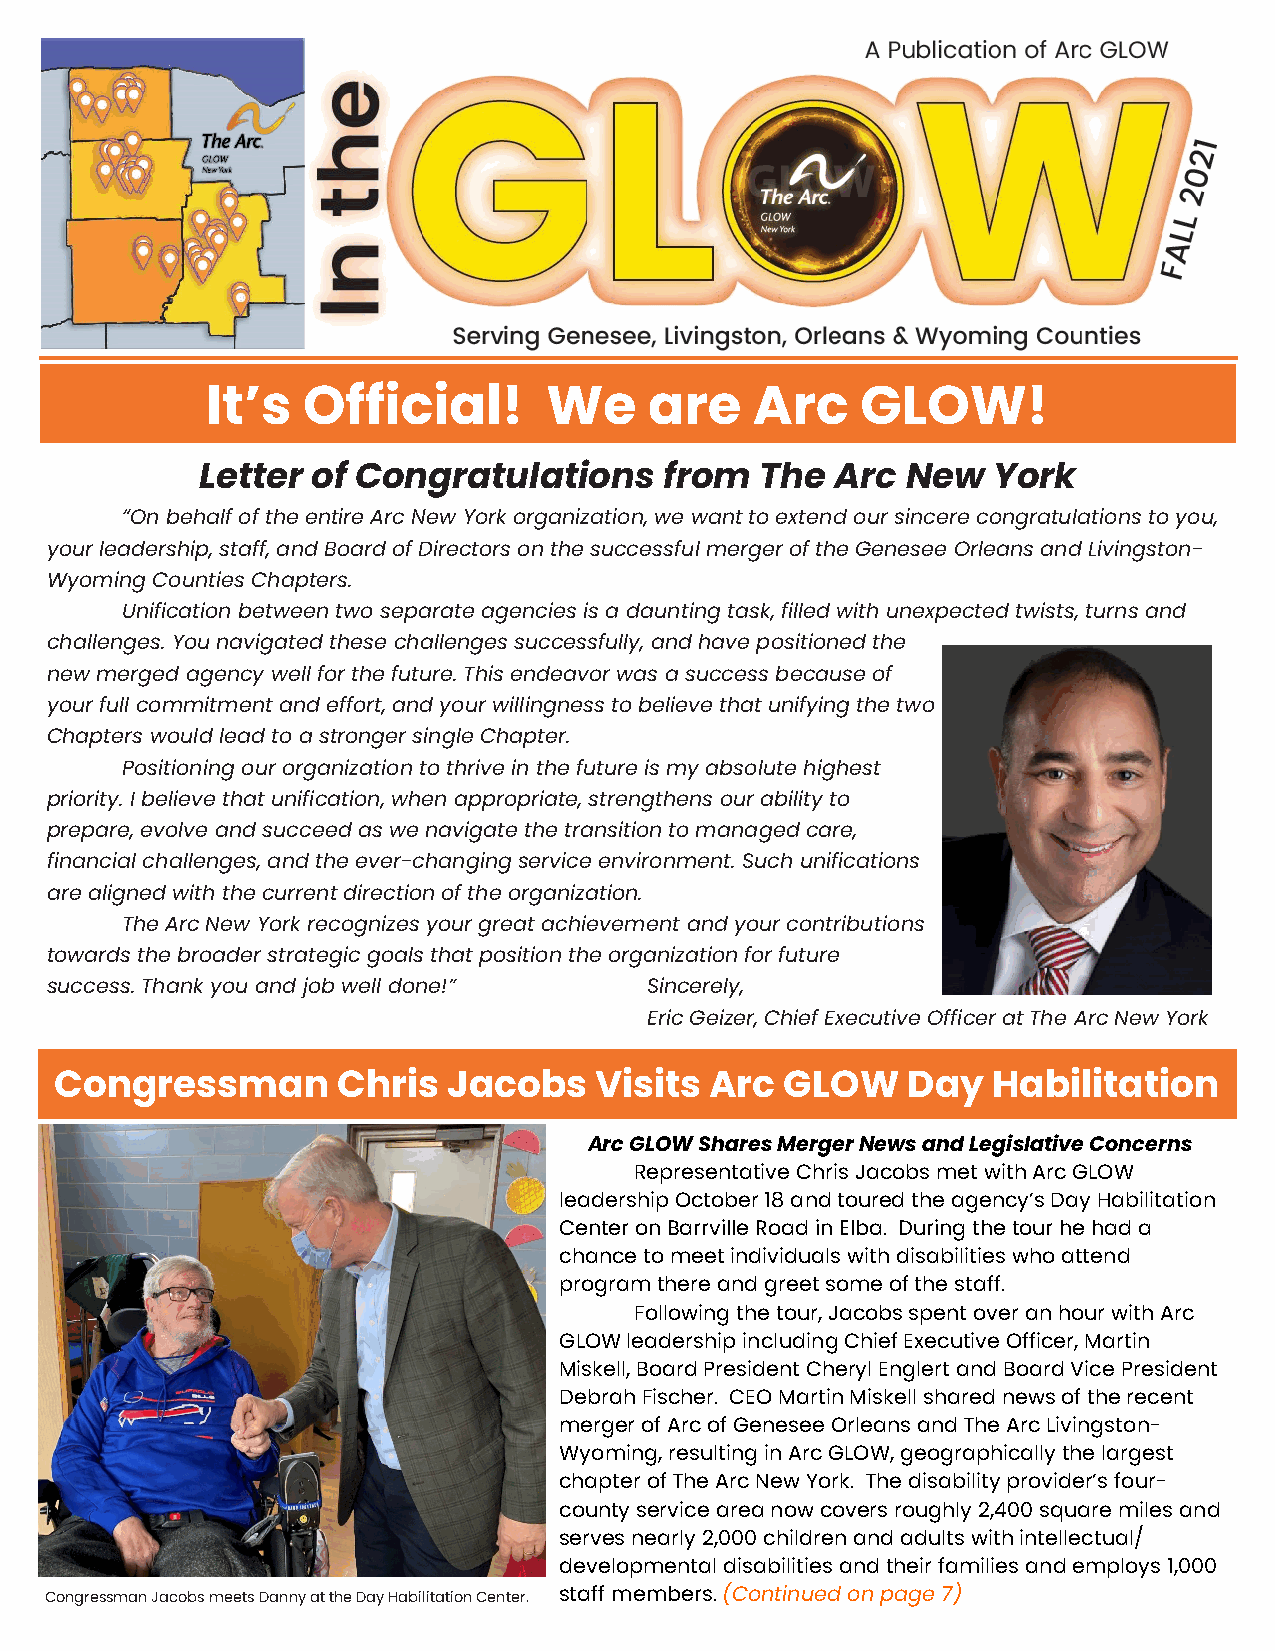
It’s  Official!       We     are    Arc    GLOW!
 Letter  of Congratulations     from  The  Arc  New   York
 “On behalf of the entire Arc New York organization, we want to extend our sincere congratulations to you,
 your leadership, staff, and Board of Directors on the successful merger of the Genesee Orleans and Livingston-
 Wyoming Counties Chapters.
 Unification between two separate agencies is a daunting task, filled with unexpected twists, turns and
 challenges. You navigated these challenges successfully, and have positioned the
 new merged agency well for the future. This endeavor was a success because of
 your full commitment and effort, and your willingness to believe that unifying the two
 Chapters would lead to a stronger single Chapter.
 Positioning our organization to thrive in the future is my absolute highest
 priority. I believe that unification, when appropriate, strengthens our ability to
 prepare, evolve and succeed as we navigate the transition to managed care,
 financial challenges, and the ever-changing service environment. Such unifications
 are aligned with the current direction of the organization.
 The Arc New York recognizes your great achievement and your contributions
 towards the broader strategic goals that position the organization for future
 success. Thank you and job well done!”  Sincerely,
 Eric Geizer, Chief Executive Officer at The Arc New York
 Congressman       Chris   Jacobs   Vis its Arc  GLOW    Day   Habilitation
 Arc GLOW Shares Merger News and Legislative Concerns
 Representative Chris Jacobs met with Arc GLOW
 leadership October 18 and toured the agency’s Day Habilitation
 Center on Barrville Road in Elba. During the tour he had a
 chance to meet individuals with disabilities who attend
 program there and greet some of the staff.
 Following the tour, Jacobs spent over an hour with Arc
 GLOW leadership including Chief Executive Officer, Martin
 Miskell, Board President Cheryl Englert and Board Vice President
 Debrah Fischer. CEO Martin Miskell shared news of the recent
 merger of Arc of Genesee Orleans and The Arc Livingston-
 Wyoming, resulting in Arc GLOW, geographically the largest
 chapter of The Arc New York. The disability provider’s four-
 county service area now covers roughly 2,400 square miles and
 serves nearly 2,000 children and adults with intellectual/
 developmental disabilities and their families and employs 1,000
 Congressman Jacobs meets Danny at the Day Habilitation Center. staff members. (Continued on page 7)